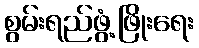
စွမ်းရည်ဖွံ့ဖြိုးရေး